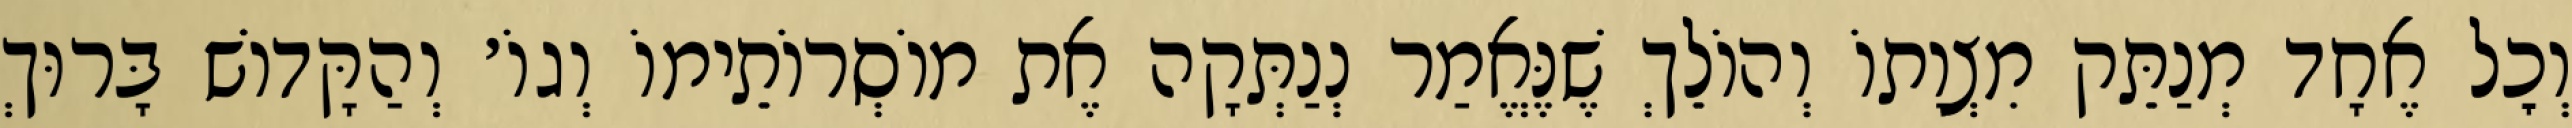
וְכׇל אֶחָד מְנַתֵּק מִצְוָתוֹ וְהוֹלֵךְ שֶׁנֶּאֱמַר נְנַתְּקָה אֶת מוֹסְרוֹתֵימוֹ וְגוֹ׳ וְהַקָּדוֹשׁ בָּרוּךְ